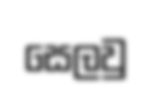
සෙලවු